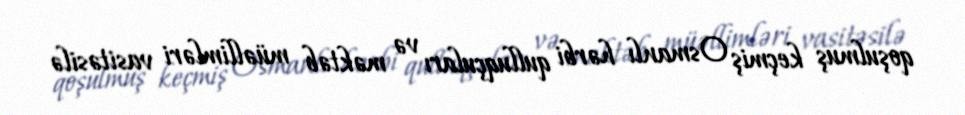
qoşulmuş keçmiş Osmanlı hərbi qulluqçuları və məktəb müəllimləri vasitəsilə